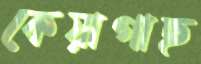
কেয়াগাছ